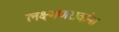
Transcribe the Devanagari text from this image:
लक्ष्मणरावांना